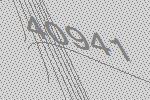
40941